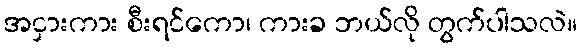
အငှားကား စီးရင်ကော၊ ကားခ ဘယ်လို တွက်ပါသလဲ။